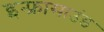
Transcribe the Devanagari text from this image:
इन्फ्रासाउंड